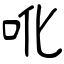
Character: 吪